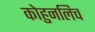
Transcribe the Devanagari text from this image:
कोहुनलिच